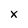
Character: x